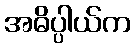
အဓိပ္ပါယ်က